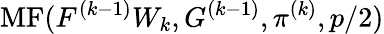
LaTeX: \operatorname{MF}(F^{(k-1)}W_{k},G^{(k-1)},\pi^{(k)},p/2)